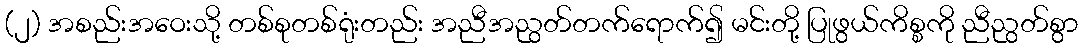
(၂) အစည်းအဝေးသို့ တစ်စုတစ်ရုံးတည်း အညီအညွတ်တက်ရောက်၍ မင်းတို့ ပြုဖွယ်ကိစ္စကို ညီညွတ်စွာ